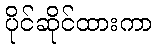
ပိုင်ဆိုင်ထားကာ